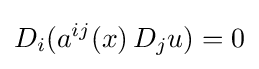
D_{i}(a^{ij}(x)\,D_{j}u)=0